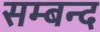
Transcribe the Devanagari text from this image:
सम्बन्द